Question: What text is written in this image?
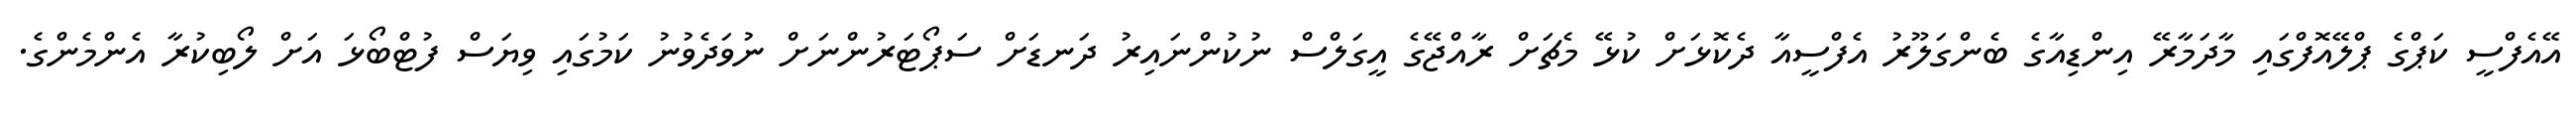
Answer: އޭއެފްސީ ކަޕްގެ ޕްލޭއޮފްގައި މާދަމާރޭ އިންޑިއާގެ ބެންގަލޫރު އެފްސީއާ ދެކޮޅަށް ކުޅޭ މެޗަށް ރާއްޖޭގެ އީގަލްސް ނުކުންނައިރު ދަނޑަށް ސަޕޯޓަރުންނަށް ނުވަދެވުނު ކަމުގައި ވިޔަސް ފުޓްބޯޅަ އަށް ލޯބިކުރާ އެންމެންގެ.